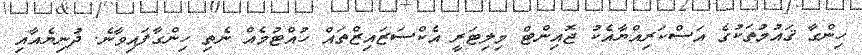
ހިންގާ ޤައުމުތަކުގެ އަސްކަރިއްޔާއެކު ޖޮއިންޓް މިލިޓަރީ އެކްސަޒައިޒްތައް ހުއްޓުމެއް ނެތި ހިންގާފައިވާނެ. ދުނިޔެއާއި